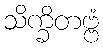
သိက္ခိတဗ္ဗံ